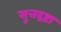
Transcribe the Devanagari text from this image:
सूत्तद्रष्टा